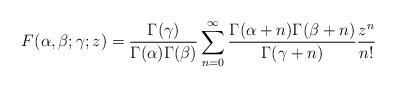
LaTeX: \begin{align*}F(\alpha,\beta;\gamma;z)=\frac{\Gamma(\gamma)}{\Gamma(\alpha)\Gamma(\beta)}\sum_{n=0}^\infty\frac{\Gamma(\alpha+n)\Gamma(\beta+n)}{\Gamma(\gamma+n)}\frac{z^n}{n!}\end{align*}